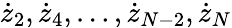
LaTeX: {\dot{z}}_{2},{\dot{z}}_{4},\dots,{\dot{z}}_{N-2},{\dot{z}}_{N}